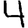
Digit: 4